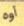
أوه